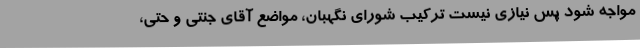
مواجه شود پس نیازی نیست ترکیب شورای نگهبان، مواضع آقای جنتی و حتی،